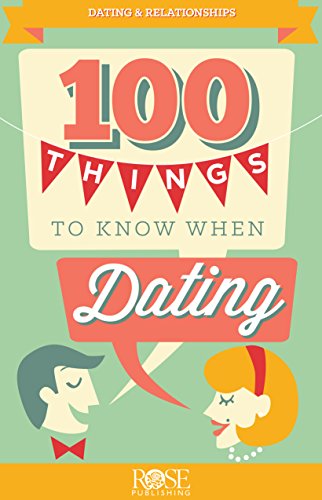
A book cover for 100 Things to Know before Dating and Marriage pamphlet -pkg of 5 pamphlets; Rose Publishing; Christian Books & Bibles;